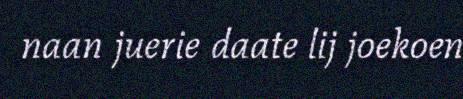
naan juerie daate lij joekoen